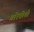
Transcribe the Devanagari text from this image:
गरिबीशी